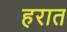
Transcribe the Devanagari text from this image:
हरात